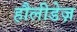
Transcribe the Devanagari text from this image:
हौलीडेज़